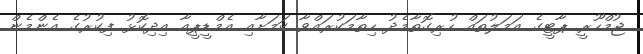
ޖުމްހޫރީ ޕާޓީގެ އަމަލުތައް ހުރިގޮތާމެދު ހިތާމަކުރައްވާ ކަމަށާއި އެމްޑީޕީއާ އިދިކޮޅު ފިކުރުގެ އެންމެން